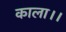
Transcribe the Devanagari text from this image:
काला।।